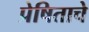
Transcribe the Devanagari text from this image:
प्रेषिताचे